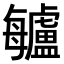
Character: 𣬁